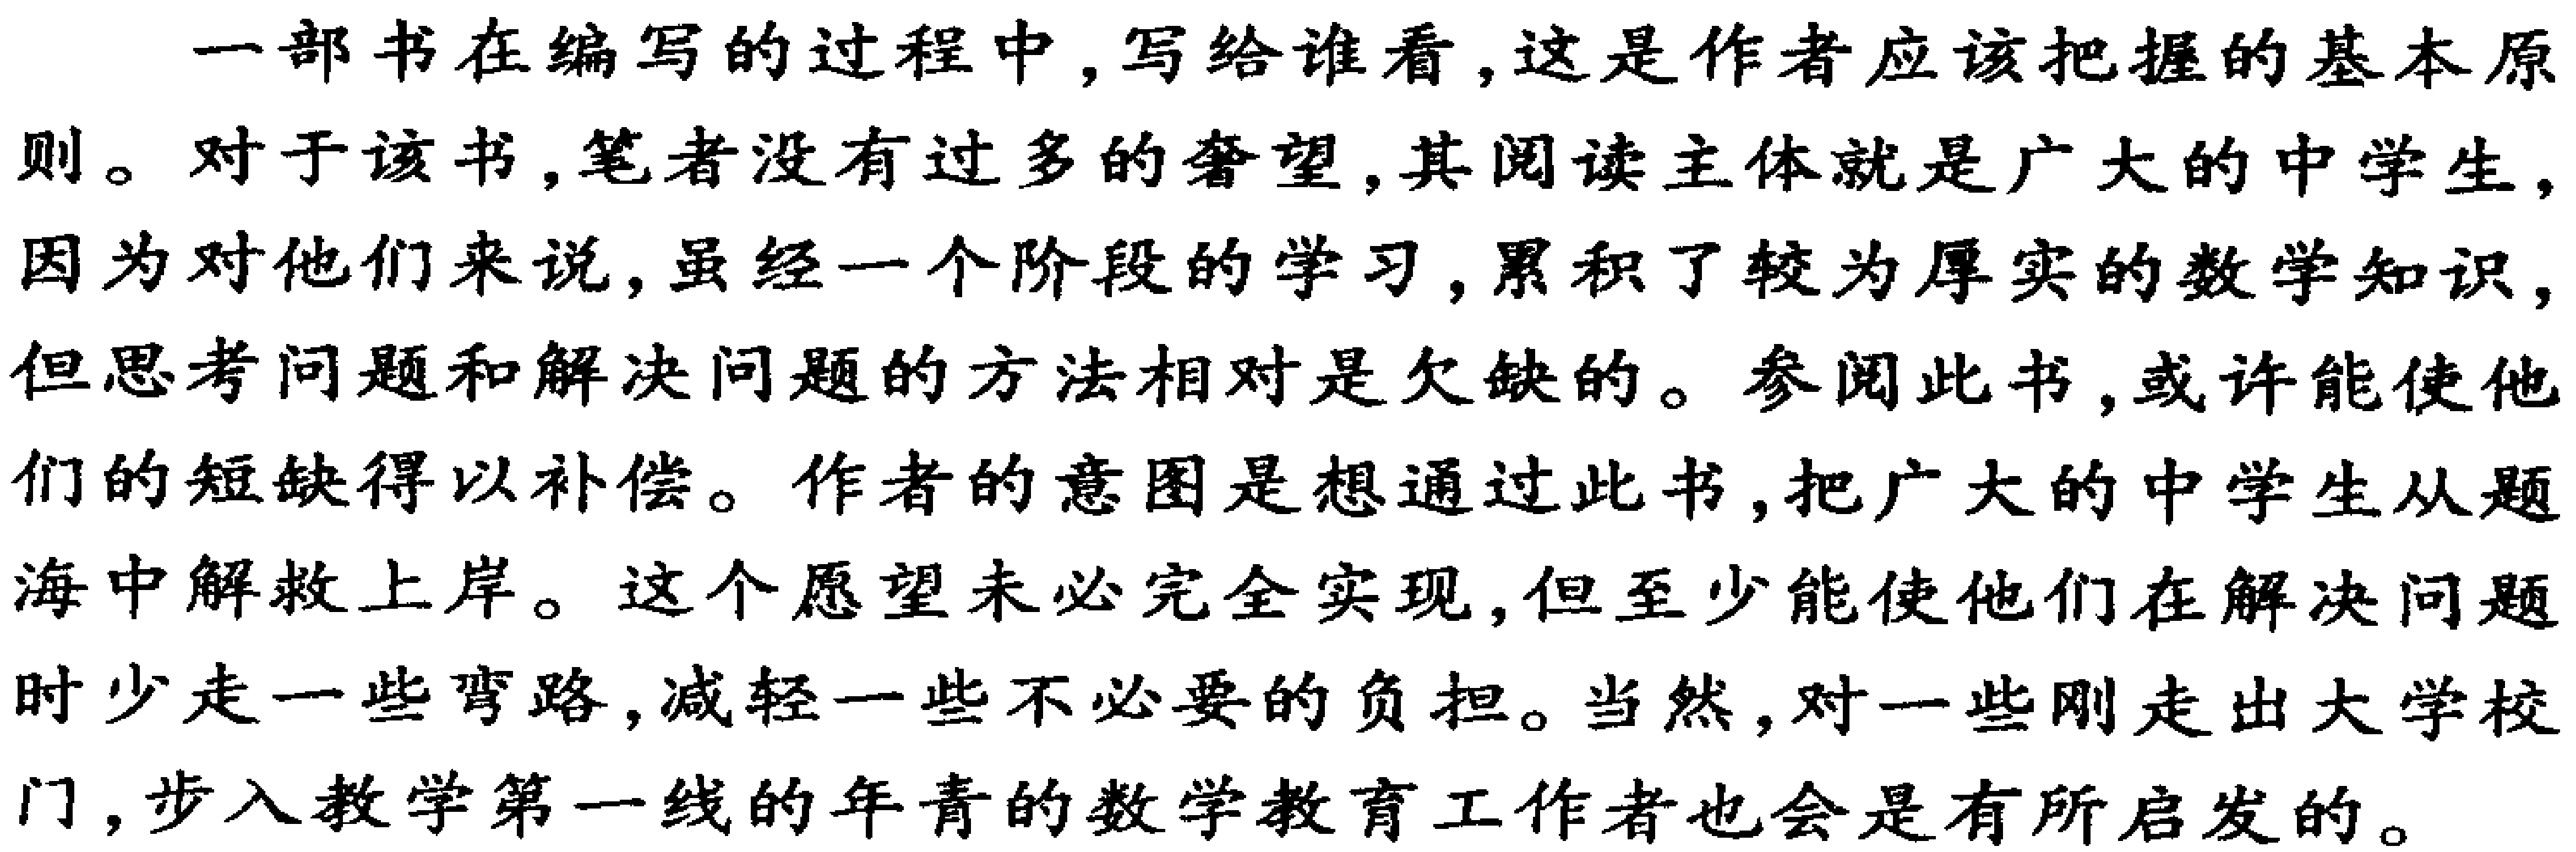
一部书在编写的过程中, 写给谁看, 这是作者应该把握的基本原则。对于该书, 笔者没有过多的奢望, 其阅读主体就是广大的中学生, 因为对他们来说, 虽经一个阶段的学习, 累积了较为厚实的数学知识, 但思考问题和解决问题的方法相对是欠缺的。参阅此书, 或许能使他们的短缺得以补偿。作者的意图是想通过此书, 把广大的中学生从题海中解救上岸。这个愿望未必完全实现, 但至少能使他们在解决问题时少走一些弯路, 减轻一些不必要的负担。当然, 对一些刚走出大学校门, 步入教学第一线的年青的数学教育工作者也会是有所启发的。